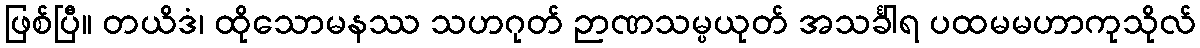
ဖြစ်ပြီ။ တယိဒံ၊ ထိုသောမနဿ သဟဂုတ် ဉာဏသမ္ပယုတ် အသင်္ခါရ ပထမမဟာကုသိုလ်